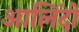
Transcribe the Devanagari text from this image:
आलिंदों